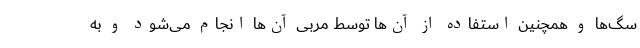
سگ‌ها و همچنین استفاده از آن‌ها توسط مربی آن‌ها انجام می‌شود و به